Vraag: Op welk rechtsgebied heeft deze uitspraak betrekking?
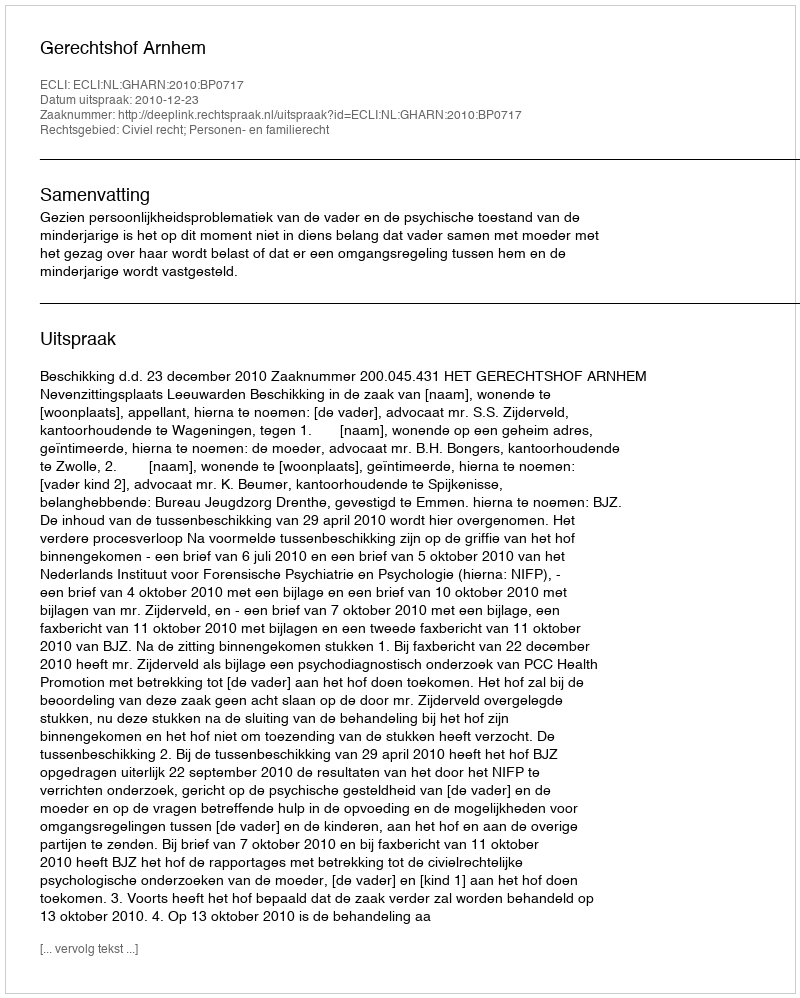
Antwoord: Civiel recht; Personen- en familierecht